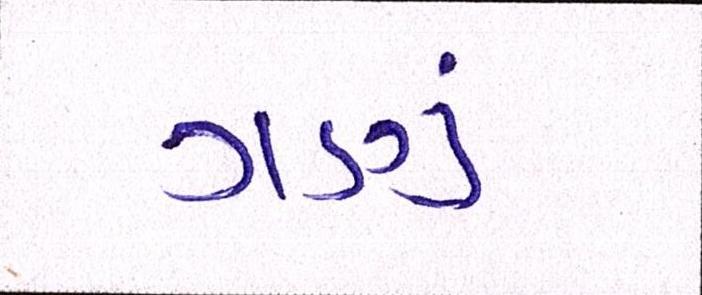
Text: ગણું